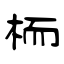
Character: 栭